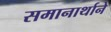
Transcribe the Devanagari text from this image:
समानार्थाने